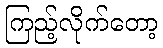
ကြည့်လိုက်တော့